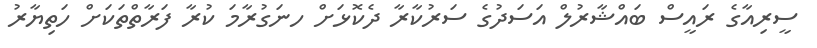
ސީރިއާގެ ރައީސް ބައްޝާރުލް އަސަދުގެ ސަރުކާރާ ދެކޮޅަށް ހނަގުރާމަ ކުރާ ފަރާތްތަކަށް ހަތިޔާރު